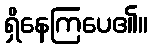
ရှိနေကြပေ၏။